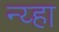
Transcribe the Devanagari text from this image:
न्य्हा